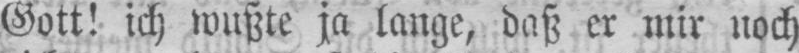
Gott! ich wußte ja lange, daß er mir noch